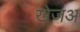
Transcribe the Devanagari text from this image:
खेजअ